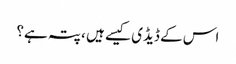
اس کے ڈیڈی کیسے ہیں ، پتہ ہے؟